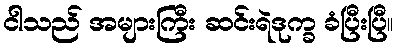
ငါသည် အများကြီး ဆင်းရဲဒုက္ခ ခံပြီးပြီ။